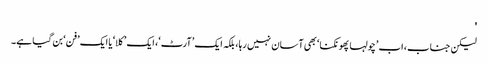
'
لیکن جناب، اب ’چولہا پھونکنا‘ بھی آسان نہیں رہا، بلکہ ایک ’آرٹ‘، ایک ’کلا‘ یا ایک ’فن‘ بن گیا ہے۔